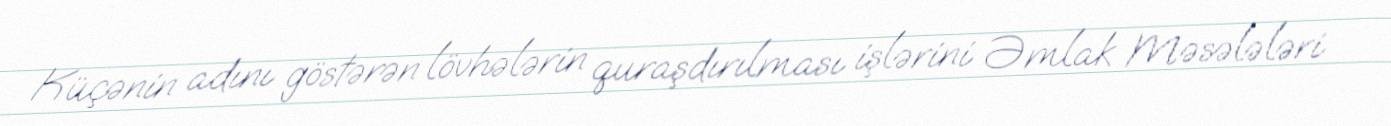
Küçənin adını göstərən lövhələrin quraşdırılması işlərini Əmlak Məsələləri